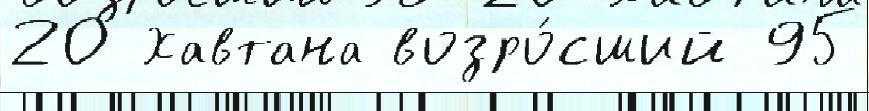
20 Хавтана возро́сший 95